system: You are a helpful assistant.
user:
Analyze the provided spectrum to determine if it is a **S-type Star**.

- **Key Indicators for S-type Star:**

    - **(Overall Spectrum Shape):** The first and most obvious characteristic is the overall continuum (the "baseline" shape). It is **extremely "red-sloping,"** meaning the flux (light intensity) is very low on the left side (blue, ~4000-4500 Å) and rises steeply and continuously toward the right side (red, ~7000 Å+).

    - **(Primary):** The spectrum is defined by the presence of strong, broad molecular absorption "valleys" (bands) from **Zirconium Oxide (ZrO)**. The identification of these bands is the **primary requirement** for classifying a star as S-type.
        - **(Key Bandheads):** You must find distinct, deep "dips" where the light has been absorbed. The most critical band systems to locate are:
            - **~6474 Å** ($\gamma$-system): This is often the strongest and clearest ZrO feature, found in the red part of the spectrum.
            - **~5718 Å** & **~5551 Å** ($\beta$-system): A pair of prominent absorption features in the yellow-orange part of the spectrum.
            - **~4640 Å** ($\alpha$-system): A key absorption band system in the blue-green region of the spectrum.

    - **(Secondary Confirmation):** The classification is strengthened by finding additional absorption bands from other related heavy element oxides, which are expected to be present alongside ZrO.
        - **(Key Bandheads):**
            - **Yttrium Oxide (YO):** Look for absorption dips near **~4800 Å** and **~6100 Å**.
            - **Lanthanum Oxide (LaO):** Additional absorption features, particularly in the red-orange part of the spectrum, are also characteristic.

    - **(Line Profile):** The combination of the steep red continuum and these numerous, deep molecular bands (ZrO, YO, etc.) gives the entire spectrum a very **"chopped-up"** or **"bumpy"** appearance. Instead of a smooth curve, the spectrum looks as though large, wide chunks of light have been "carved out" of it at the specific wavelengths listed above.

Think first, call **spectral_visualization_tool** if needed to examine features in detail, then provide your final answer. Your response must adhere to the following strict rules:
1.  **Overall Structure:** Your response must follow the format `<think>...</think> <tool_call>...</tool_call> (if a tool is used) <answer>...</answer>`.
2.  **Tool Usage Constraint:** You may only make **one** tool call per turn.
3.  **Final Answer Format:** In the `<answer>` tag, your conclusion must be inside a `\boxed{}` command (e.g., `\boxed{YES}` or `\boxed{NO}`), followed by your justification.

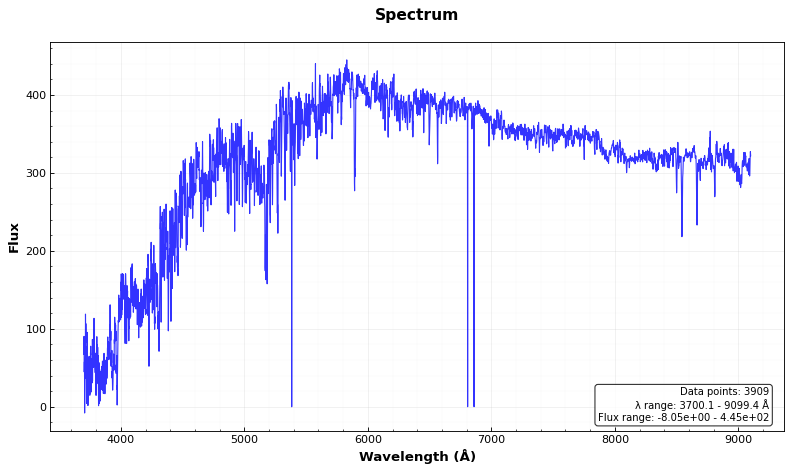
Answer: NO